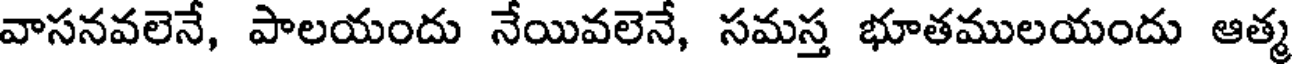
వాసనవలెనే, పాలయందు నేయివలెనే, సమస్త భూతములయందు ఆత్మ